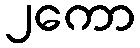
၂ကော